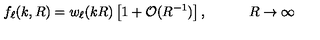
f _ { \ell } ( k , R ) = w _ { \ell } ( k R ) \left[ 1 + \mathcal { O } ( R ^ { - 1 } ) \right] , \qquad \quad R \to \infty